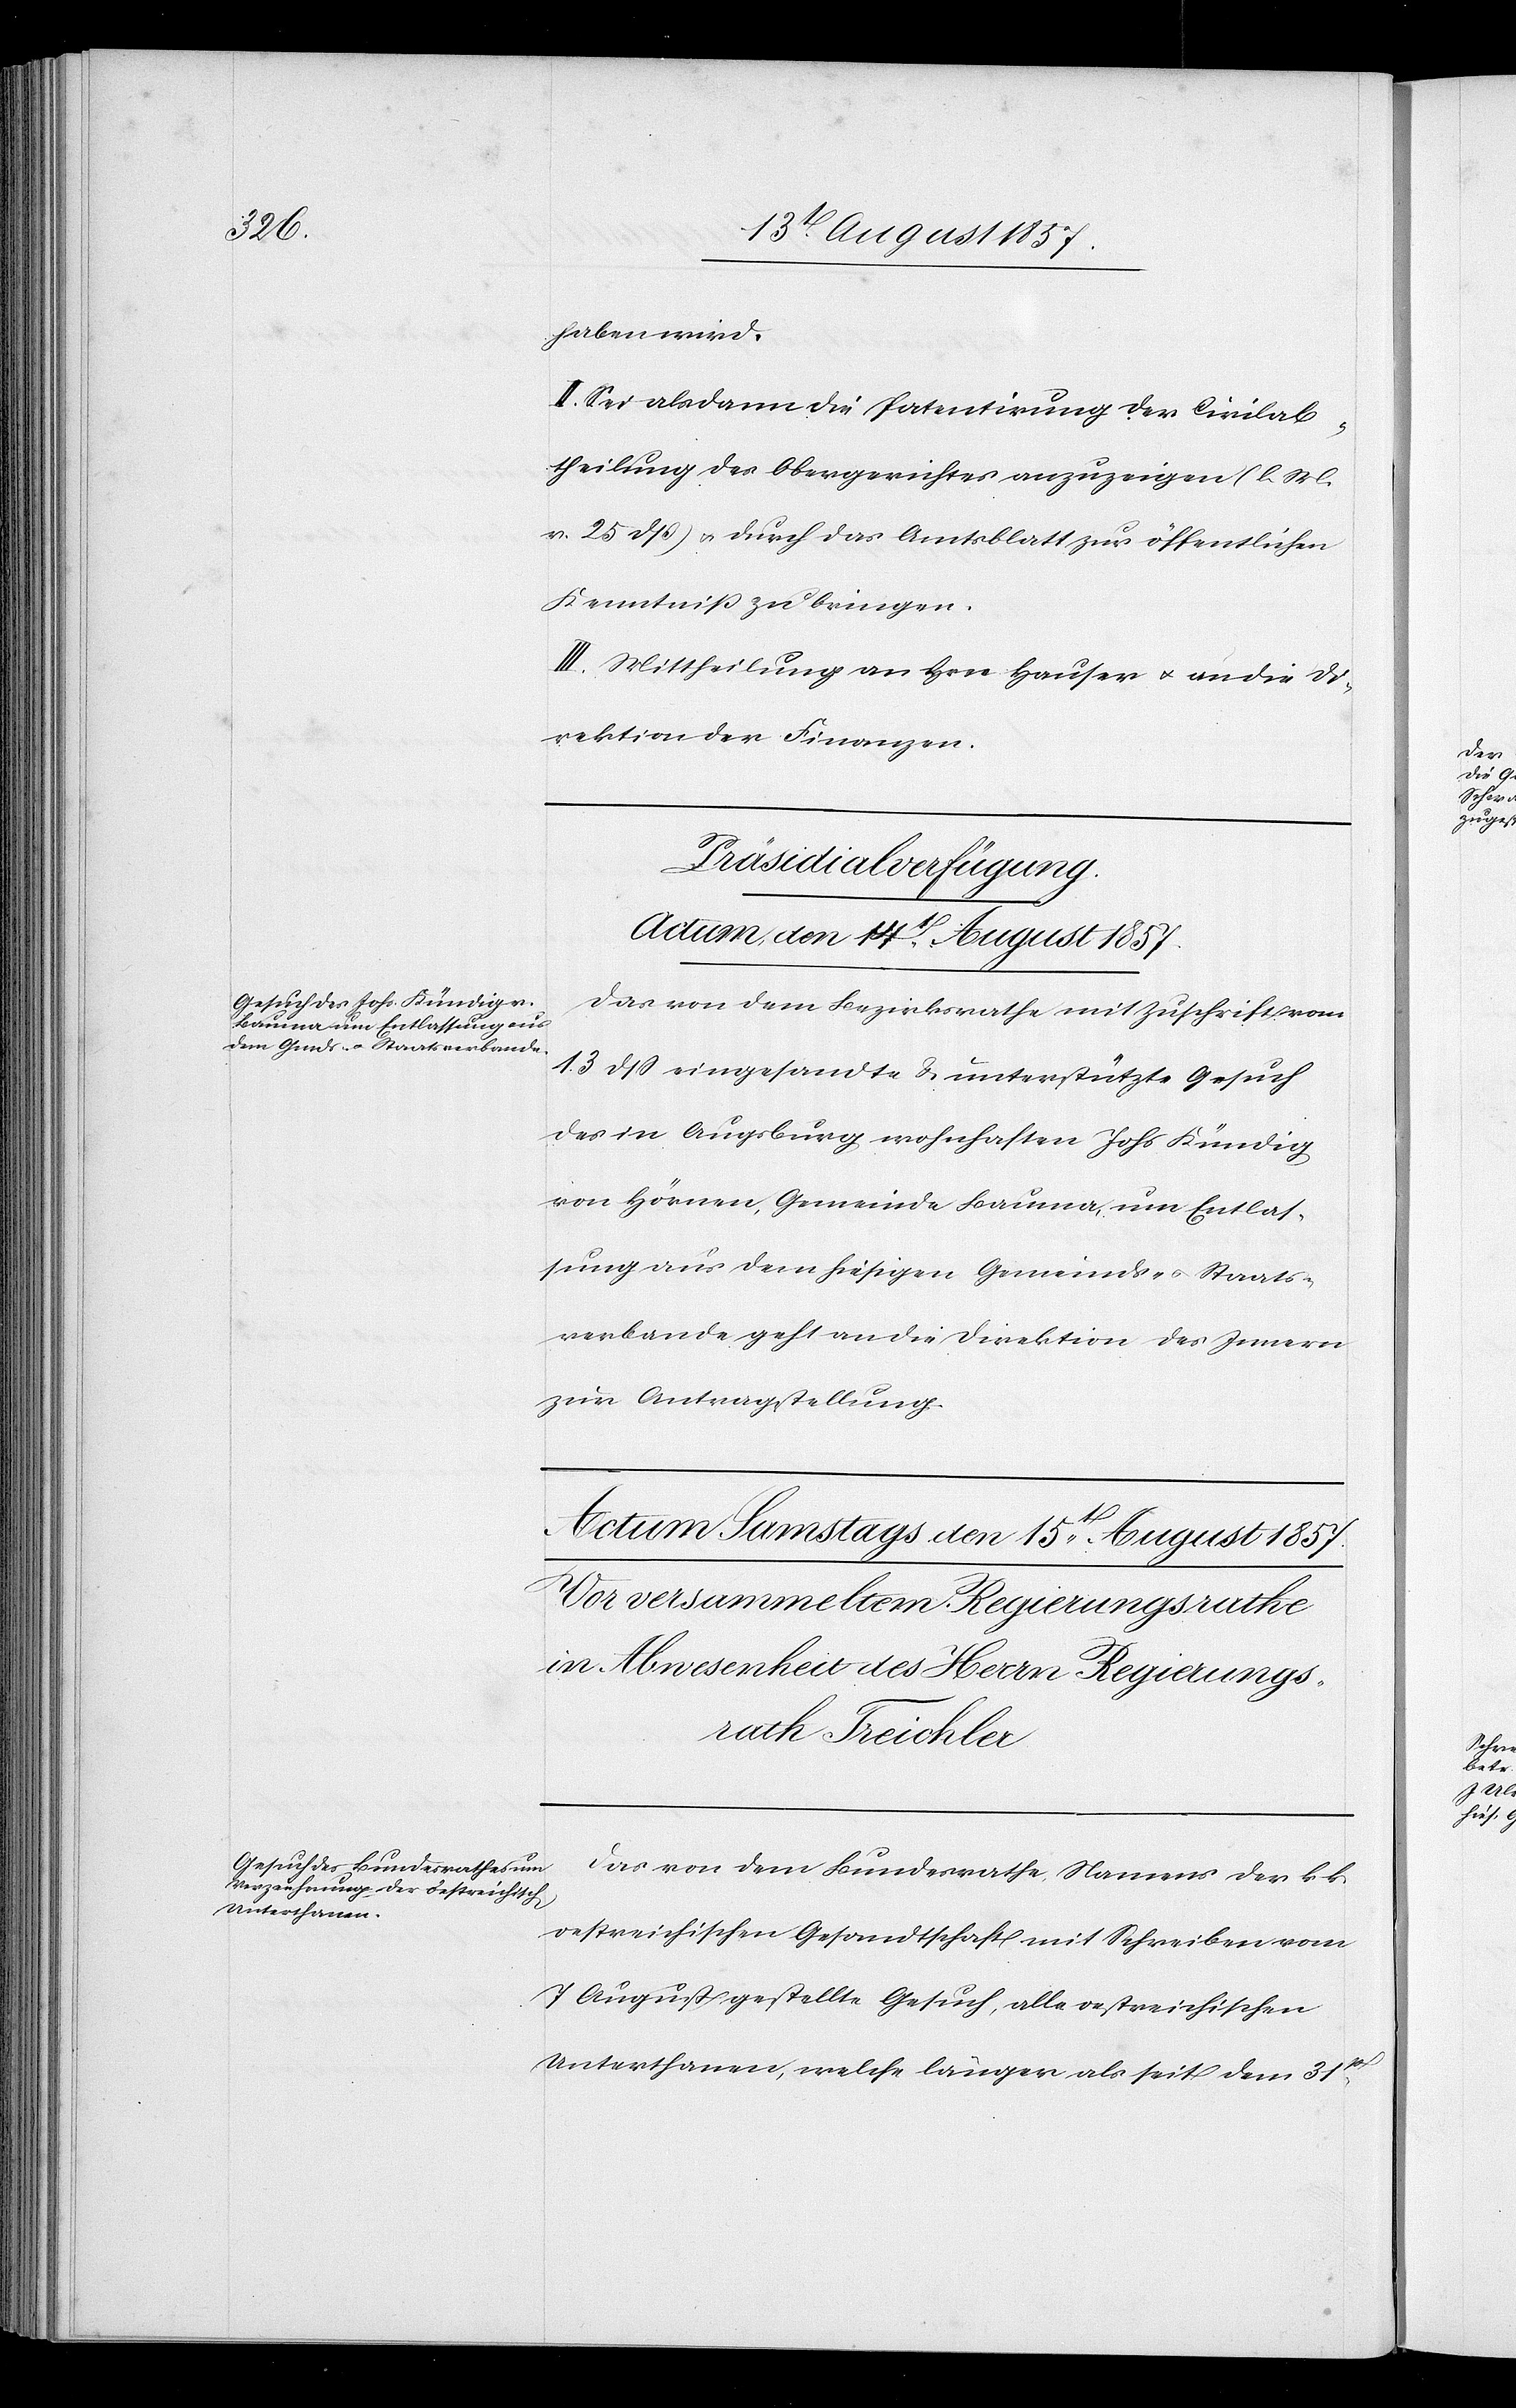
haben wird.
II. Sei alsdann die Patentirung der Civilab¬
theilung des Obergerichtes anzuzeigen [l. M.
v. 25 dß] & durch das Amtsblatt zur öffentlichen
Kenntniß zu bringen.
III. Mittheilung an Hrn. Hauser & an die Di¬
rektion der Finanzen.
Präsidialverfügung.
Actum den 14t August 1857.
Das von dem Bezirksrathe mit Zuschrift vom
13 dß eingesandte & unterstützte Gesuch
des in Augsburg wohnhaften Johs. Kündig
von Hörnen, Gemeinde Bauma, um Entlas¬
sung aus dem hiesigen Gemeinds- & Staats¬
verbande geht an die Direktion des Innern
zur Antragstellung.
Das von dem Bundesrathe Namens der k. k.
oestreichischen Gesandtschaft mit Schreiben vom
7 August gestellte Gesuch, alle oestreichischen
Unterthanen, welche länger als seit dem 31st